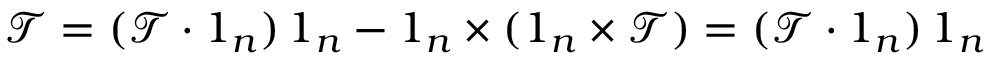
\boldsymbol { \mathcal { T } } = ( \boldsymbol { \mathcal { T } } \boldsymbol { \cdot } \boldsymbol { 1 } _ { n } ) \, \boldsymbol { 1 } _ { n } - \boldsymbol { 1 } _ { n } \times ( \boldsymbol { 1 } _ { n } \times \boldsymbol { \mathcal { T } } ) = ( \boldsymbol { \mathcal { T } } \boldsymbol { \cdot } \boldsymbol { 1 } _ { n } ) \, \boldsymbol { 1 } _ { n }